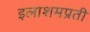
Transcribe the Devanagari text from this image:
इलाशमप्रती